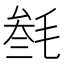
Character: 𣮟